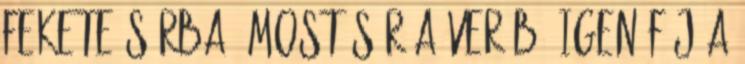
fekete sárba. Most sír a veréb, igen fáj a